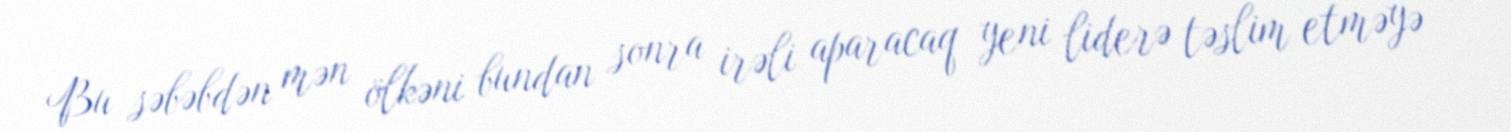
Bu səbəbdən mən ölkəni bundan sonra irəli aparacaq yeni liderə təslim etməyə